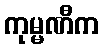
ကုမ္မဏီက